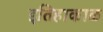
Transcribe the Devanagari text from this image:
इतिहाकाळ